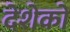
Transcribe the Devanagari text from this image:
देशेको